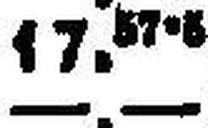
—.—